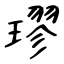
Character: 璆